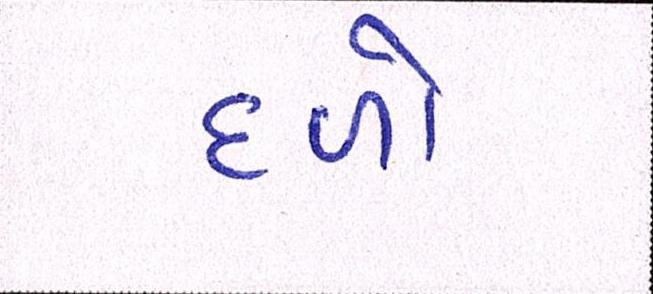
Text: દળો